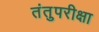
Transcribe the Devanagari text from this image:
तंतुपरीक्षा